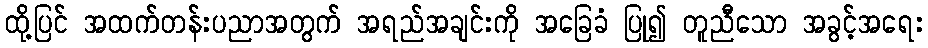
ထို့ပြင် အထက်တန်းပညာအတွက် အရည်အချင်းကို အခြေခံ ပြု၍ တူညီသော အခွင့်အရေး